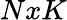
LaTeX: NxK